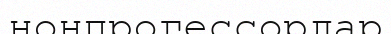
нонпрогессорлар